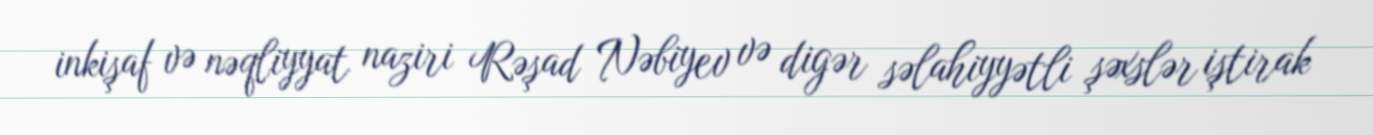
inkişaf və nəqliyyat naziri Rəşad Nəbiyev və digər səlahiyyətli şəxslər iştirak